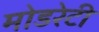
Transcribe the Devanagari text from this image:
मोडरेटी